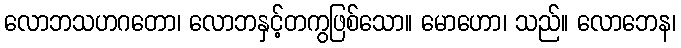
လောဘသဟဂတော၊ လောဘနှင့်တကွဖြစ်သော။ မောဟော၊ သည်။ လောဘေန၊